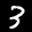
Label: 3